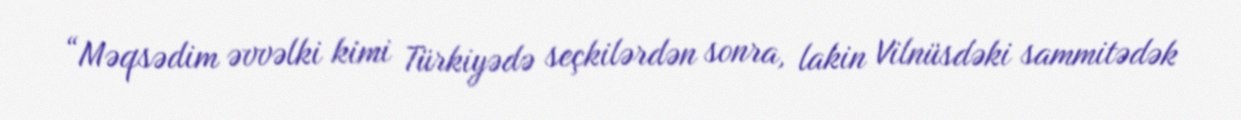
“Məqsədim əvvəlki kimi Türkiyədə seçkilərdən sonra, lakin Vilnüsdəki sammitədək